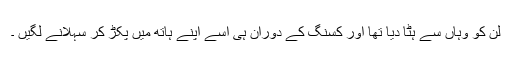
لن کو وہاں سے ہٹا دیا تھا اور کسنگ کے دوران ہی اسے اپنے ہاتھ میں پکڑ کر سہلانے لگیں ۔